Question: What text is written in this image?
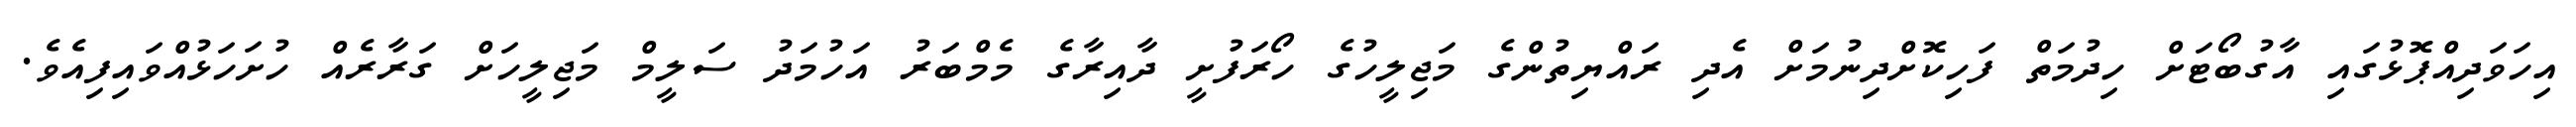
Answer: އިހަވަދިއްޕޮޅުގައި އާގުބޯޓަށް ހިދުމަތް ފަހިކޮށްދިނުމަށް އެދި ރައްޔިތުންގެ މަޖިލީހުގެ ހޯރަފުށީ ދާއިރާގެ މެމްބަރު އަހުމަދު ސަލީމް މަޖިލީހަށް ގަރާރެއް ހުށަހަޅުއްވައިފިއެވެ.